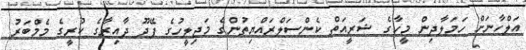
އަލްހާނަށް ހަމަލާދިން މީހާގެ ޝަރީއަތް ކެންސަލްރައްޔިތުންގެ މަޖިލީހުގެ ފޭދޫ ދާއިރާގެ ކުރީގެ މެމްބަރު